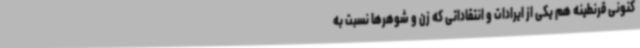
کنونی قرنطینه هم یکی از ایرادات و انتقاداتی که زن و شوهرها نسبت به